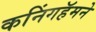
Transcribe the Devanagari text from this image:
कनिंगहॅमने